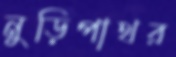
নুড়িপাথর